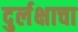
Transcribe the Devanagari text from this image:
दुर्लक्षाचा